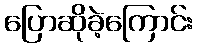
ပြောဆိုခဲ့ကြောင်း